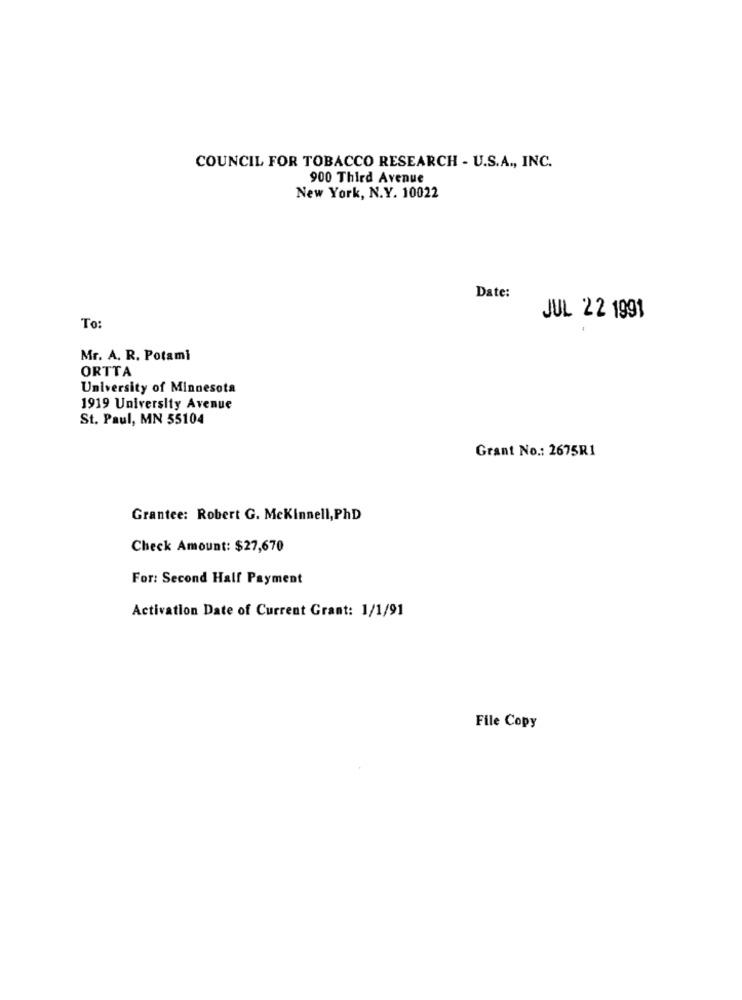
COUNCIL FOR TOBACCO RESEARCH - U.S.A ., INC.
900 Third Avenue
New York, N.Y. 10022
Date:
JUL 22 1991
To
Mr. A. R. Potami
ORTTA
University of Minnesota
1919 University Avenue
St. Paul, MN 55104
Grant No .: 2675R1
Grantee: Robert G. MeKinnell, PhD
Check Amount: $27,670
For: Second Half Payment
Activation Date of Current Grant: 1/1/91
File Copy